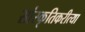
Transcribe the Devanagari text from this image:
सांस्कृतिकरीत्या